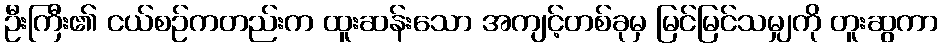
ဦးကြီး၏ ငယ်စဉ်ကတည်းက ထူးဆန်းသော အကျင့်တစ်ခုမှ မြင်မြင်သမျှကို တူးဆွကာ